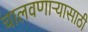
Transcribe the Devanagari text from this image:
चालवणाऱ्यासाठी